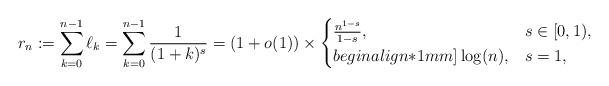
LaTeX: \begin{align*}r_n:= \sum_{k=0}^{n-1} \ell_k = \sum_{k=0}^{n-1} \frac{1}{(1+k)^s} =(1+o(1))\times \begin{cases} \frac{n^{1-s}}{1-s}, & s\in[0,1),\\begin{align*}1mm]\log(n), &s=1,\end{cases} \end{align*}